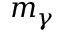
m _ { \gamma }